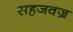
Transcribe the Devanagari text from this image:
सहजवज्र